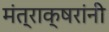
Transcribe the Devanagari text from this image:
मंत्राक्षरांनी